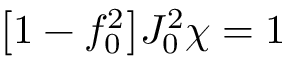
\big [ 1 - f _ { 0 } ^ { 2 } \big ] J _ { 0 } ^ { 2 } \chi = 1